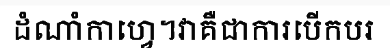
ដំណាំកាហ្វេ។វាគឺជាការបើកបរ